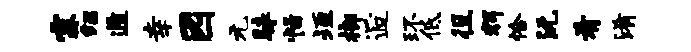
霖绍遁幸园元昧恬垣榔逅环低徂辉恰沅肴淆